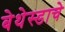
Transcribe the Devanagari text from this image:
बेथेस्डाचे